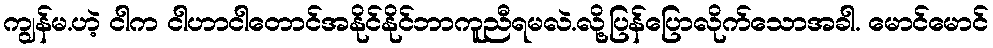
ကျွန်မ.ဟဲ့ ငါက ငါဟာငါတောင်အနိုင်နိုင်ဘာကူညီရမလဲ.လို့ပြန်ပြောလိုက်သောအခါ. မောင်မောင်